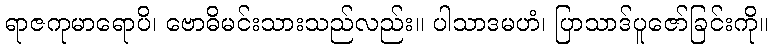
ရာဇကုမာရောပိ၊ ဗောဓိမင်းသားသည်လည်း။ ပါသာဒမဟံ၊ ပြာသာဒ်ပူဇော်ခြင်းကို။